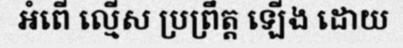
អំពើ ល្មើស ប្រព្រឹត្ត ឡើង ដោយ